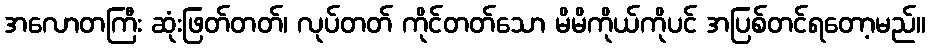
အလောတကြီး ဆုံးဖြတ်တတ်၊ လုပ်တတ် ကိုင်တတ်သော မိမိကိုယ်ကိုပင် အပြစ်တင်ရတော့မည်။